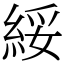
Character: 綏